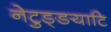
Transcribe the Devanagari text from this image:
नेटुङ्ङयाटि